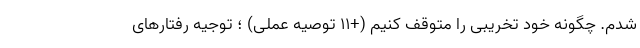
شدم. چگونه خود تخریبی را متوقف کنیم (+11 توصیه‌ عملی) ؛ توجیه رفتارهای